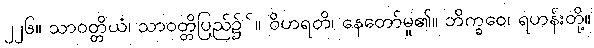
၂၂၆။ သာဝတ္တိယံ၊ သာဝတ္တိပြည်၌်။ ဝိဟရတိ၊ နေတော်မူ၏။ ဘိက္ခဝေ၊ ရဟန်းတို့။